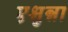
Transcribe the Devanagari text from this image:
एश्नुन्ना